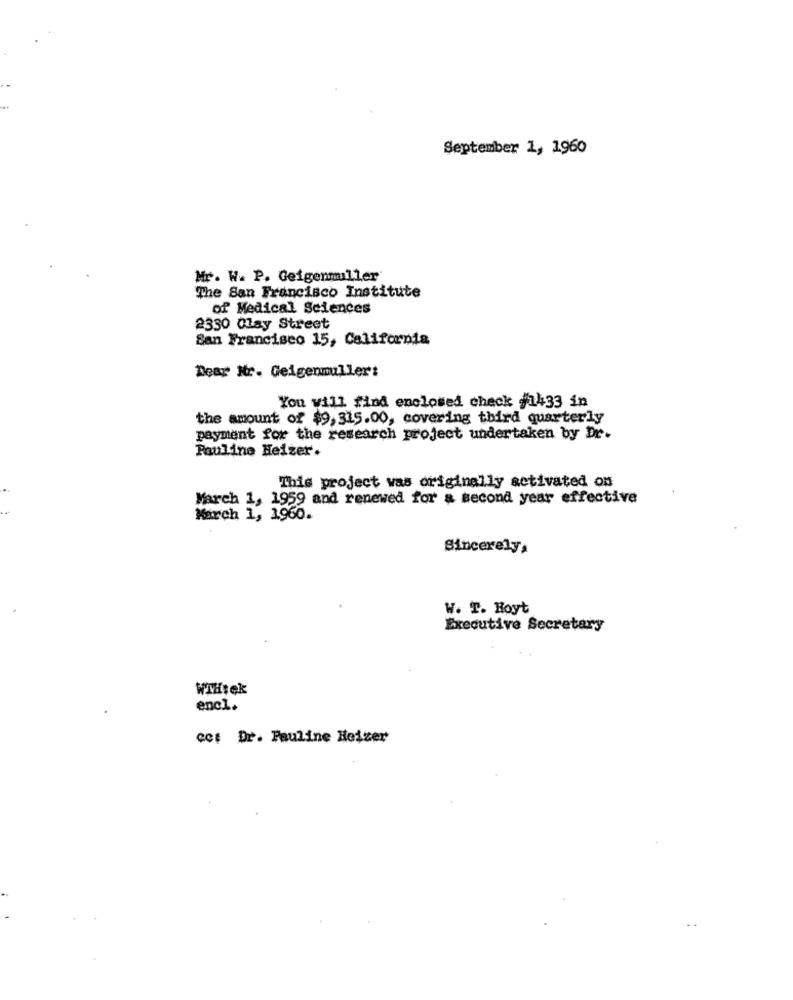
September 1, 1960
Mr. W. P. Geigenmiller
The San Francisco Institute
of Medical Sciences
2330 Clay Street
San Francisco 15, California
Dear Mr. Geigenmuller:
You will find enclosed check #1433 in
the amount of $9, 315.00, covering third quarterly
payment for the research project undertaken by Dr.
Pauline Heizer.
This project was originally activated on
March 1, 1959 and renewed for a second year effective
March 1, 1966.
Sincerely,
W. T. Hoyt
Executive Secretary
WTHtek
encl.
cet Dr. Pauline Heizer